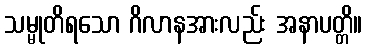
သမ္မုတိရသော ဂိလာနအားလည်း အနာပတ္တိ။